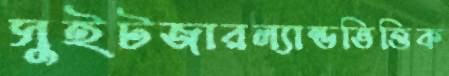
সুইটজারল্যান্ডভিত্তিক